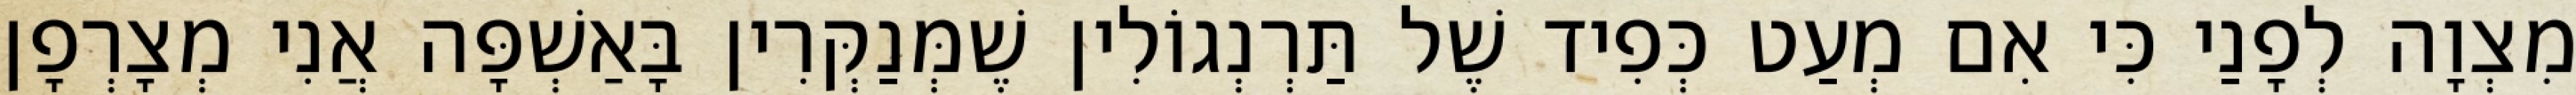
מִצְוָה לְפָנַי כִּי אִם מְעַט כְּפִיד שֶׁל תַּרְנְגוֹלִין שֶׁמְּנַקְּרִין בָּאַשְׁפָּה אֲנִי מְצָרְפָן